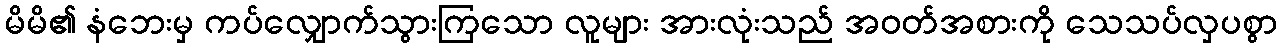
မိမိ၏ နံဘေးမှ ကပ်လျှောက်သွားကြသော လူများ အားလုံးသည် အဝတ်အစားကို သေသပ်လှပစွာ